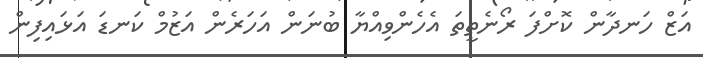
އަޒް ހަނދާން ކޮށްފަ ރޯނެތީތަ އެހެންވިއްޔާ ބުނަން އަހަރެން އަޒުމް ކަނޑަ އަޅައިފިން